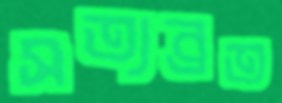
সত্যব্রত